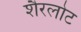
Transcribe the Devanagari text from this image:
शैरलोट